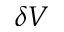
\delta V